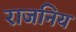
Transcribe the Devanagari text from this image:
राजनिय